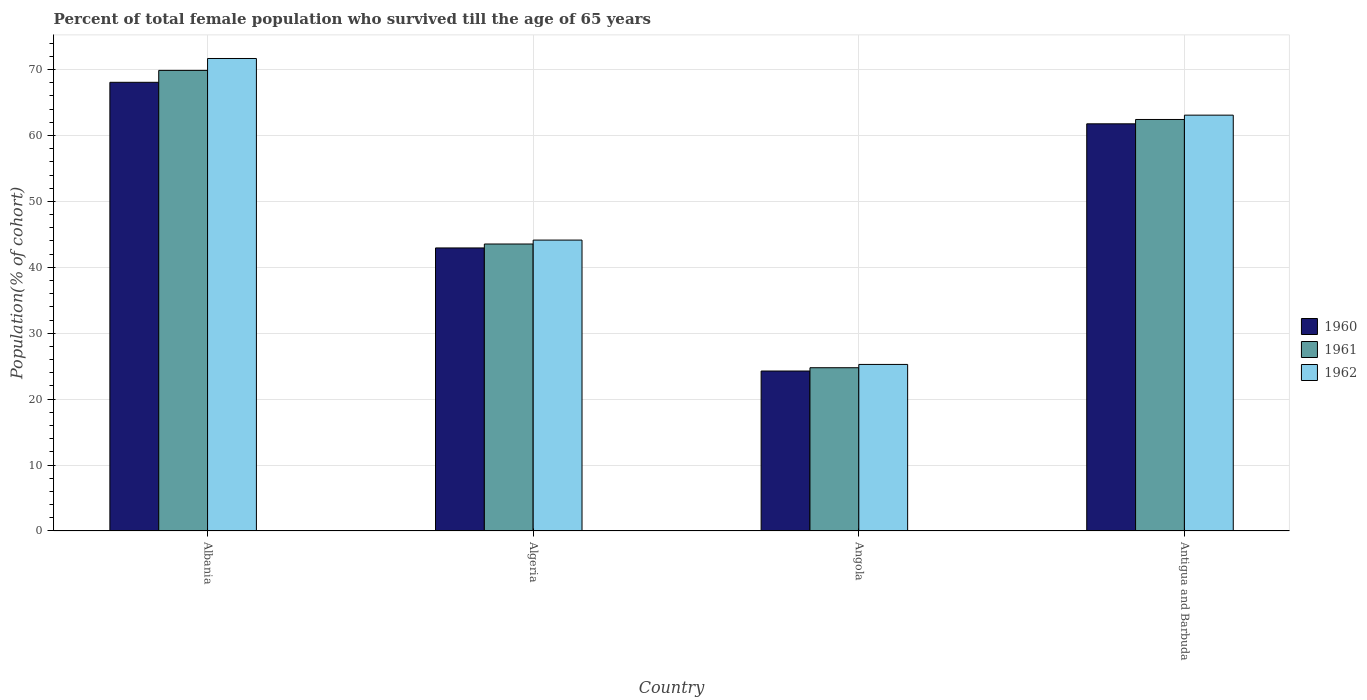
| Country | 1960 | 1961 | 1962 |
 | --- | --- | --- | --- |
 | Albania | 68.1 | 69.9 | 71.7 |
 | Algeria | 42.9 | 43.5 | 44.1 |
 | Angola | 24.3 | 24.8 | 25.3 |
 | Antigua and Barbuda | 61.8 | 62.4 | 63.1 |